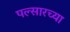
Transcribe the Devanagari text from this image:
पल्सारच्या